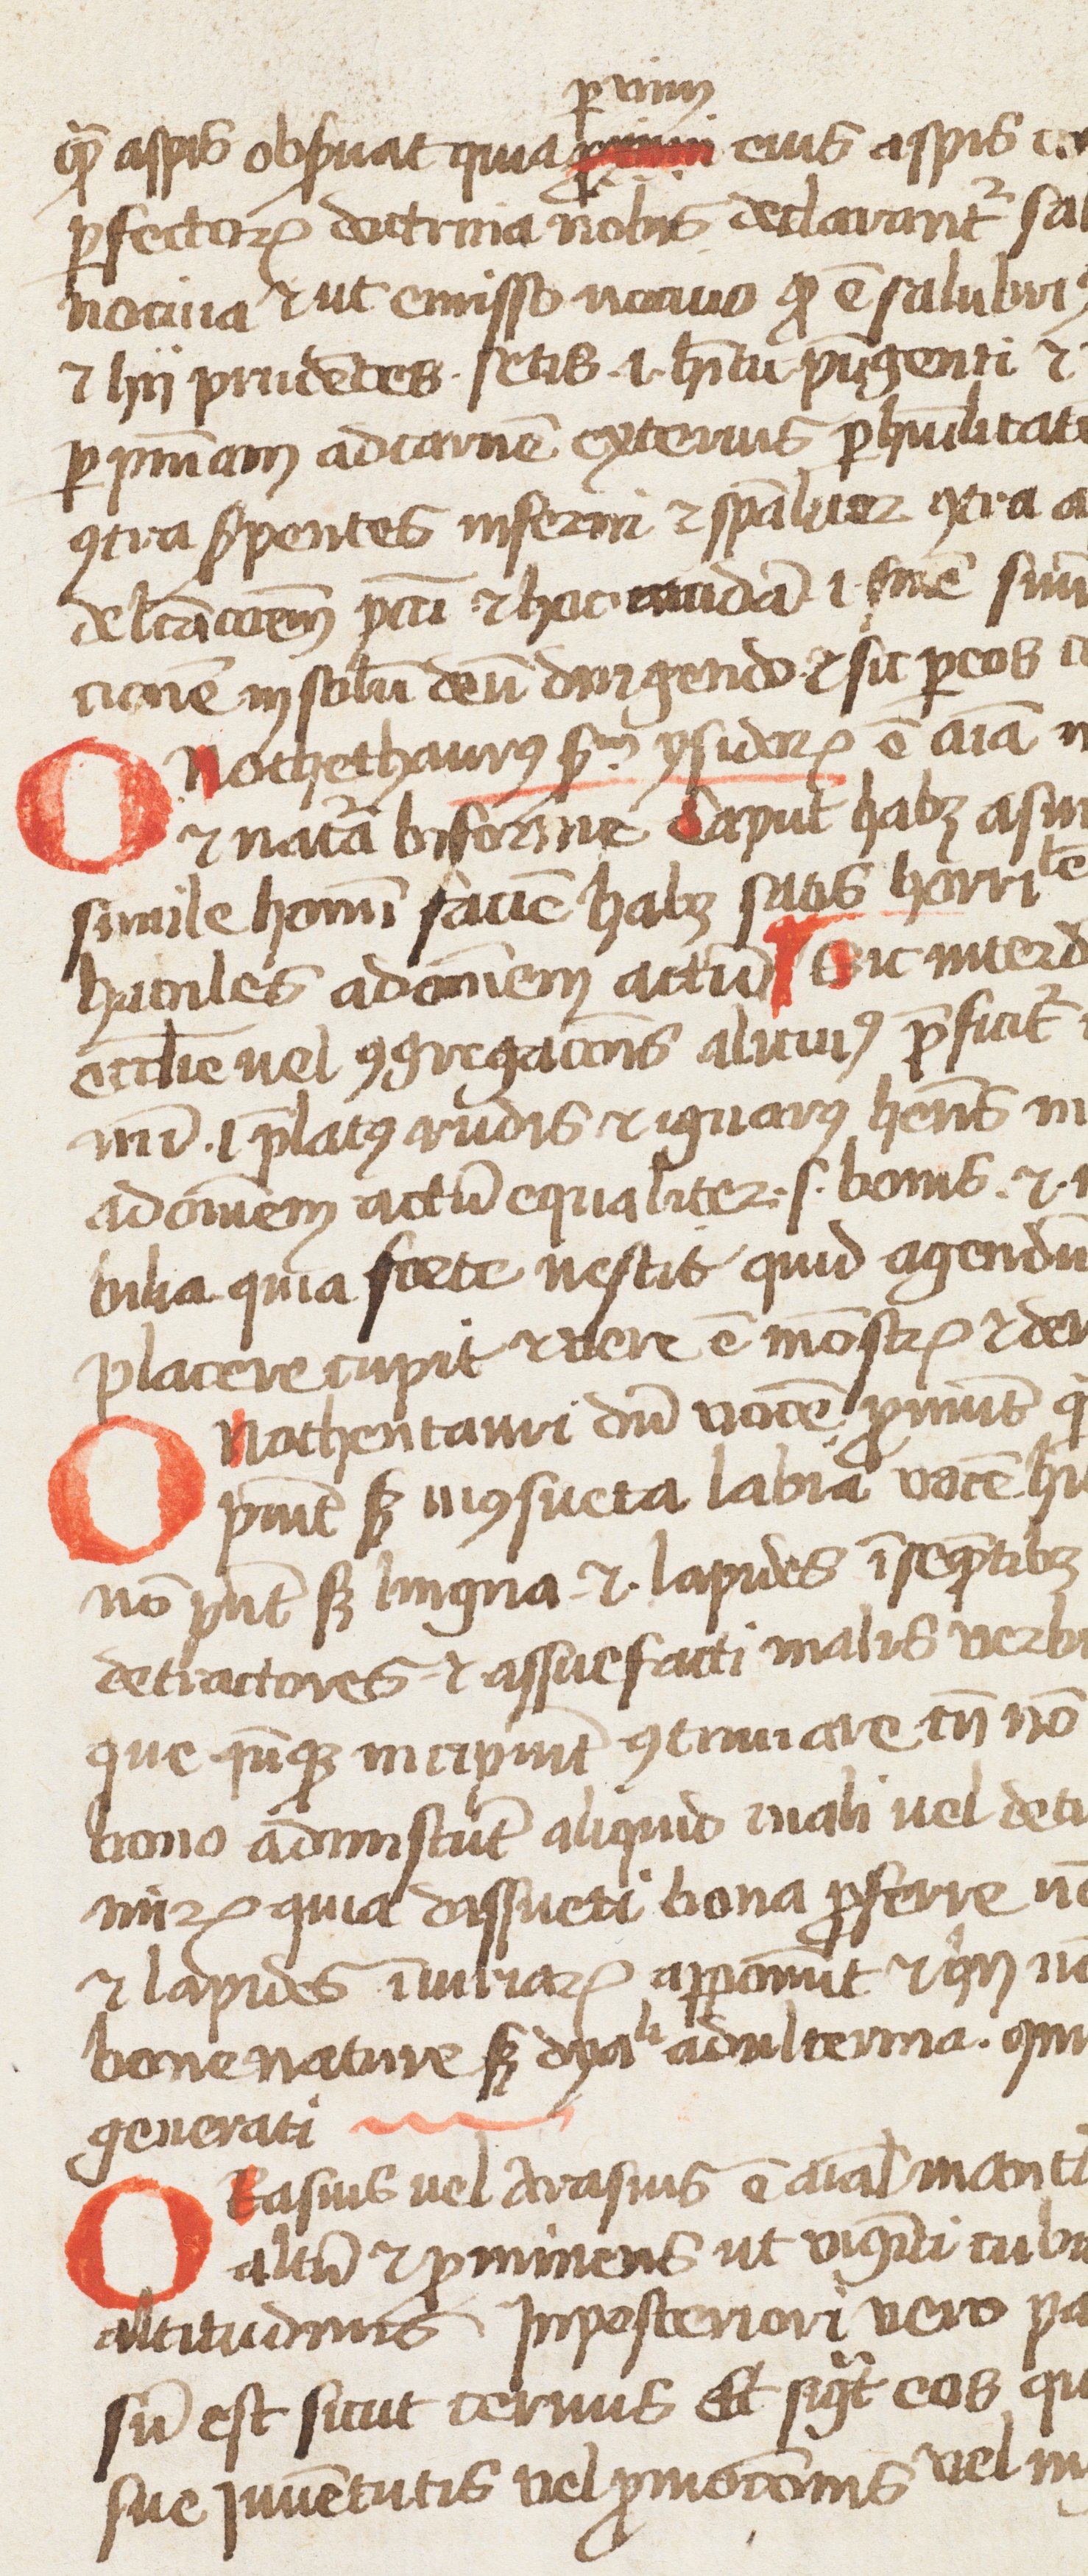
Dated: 1350–1399